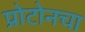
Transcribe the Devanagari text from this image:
प्रोटोनचा